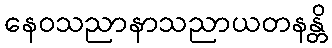
နေဝသညာနာသညာယတနန္တိ